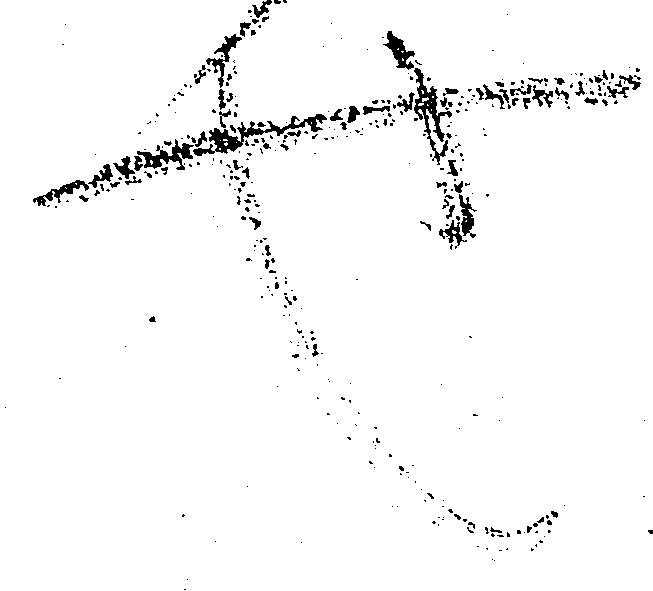
也